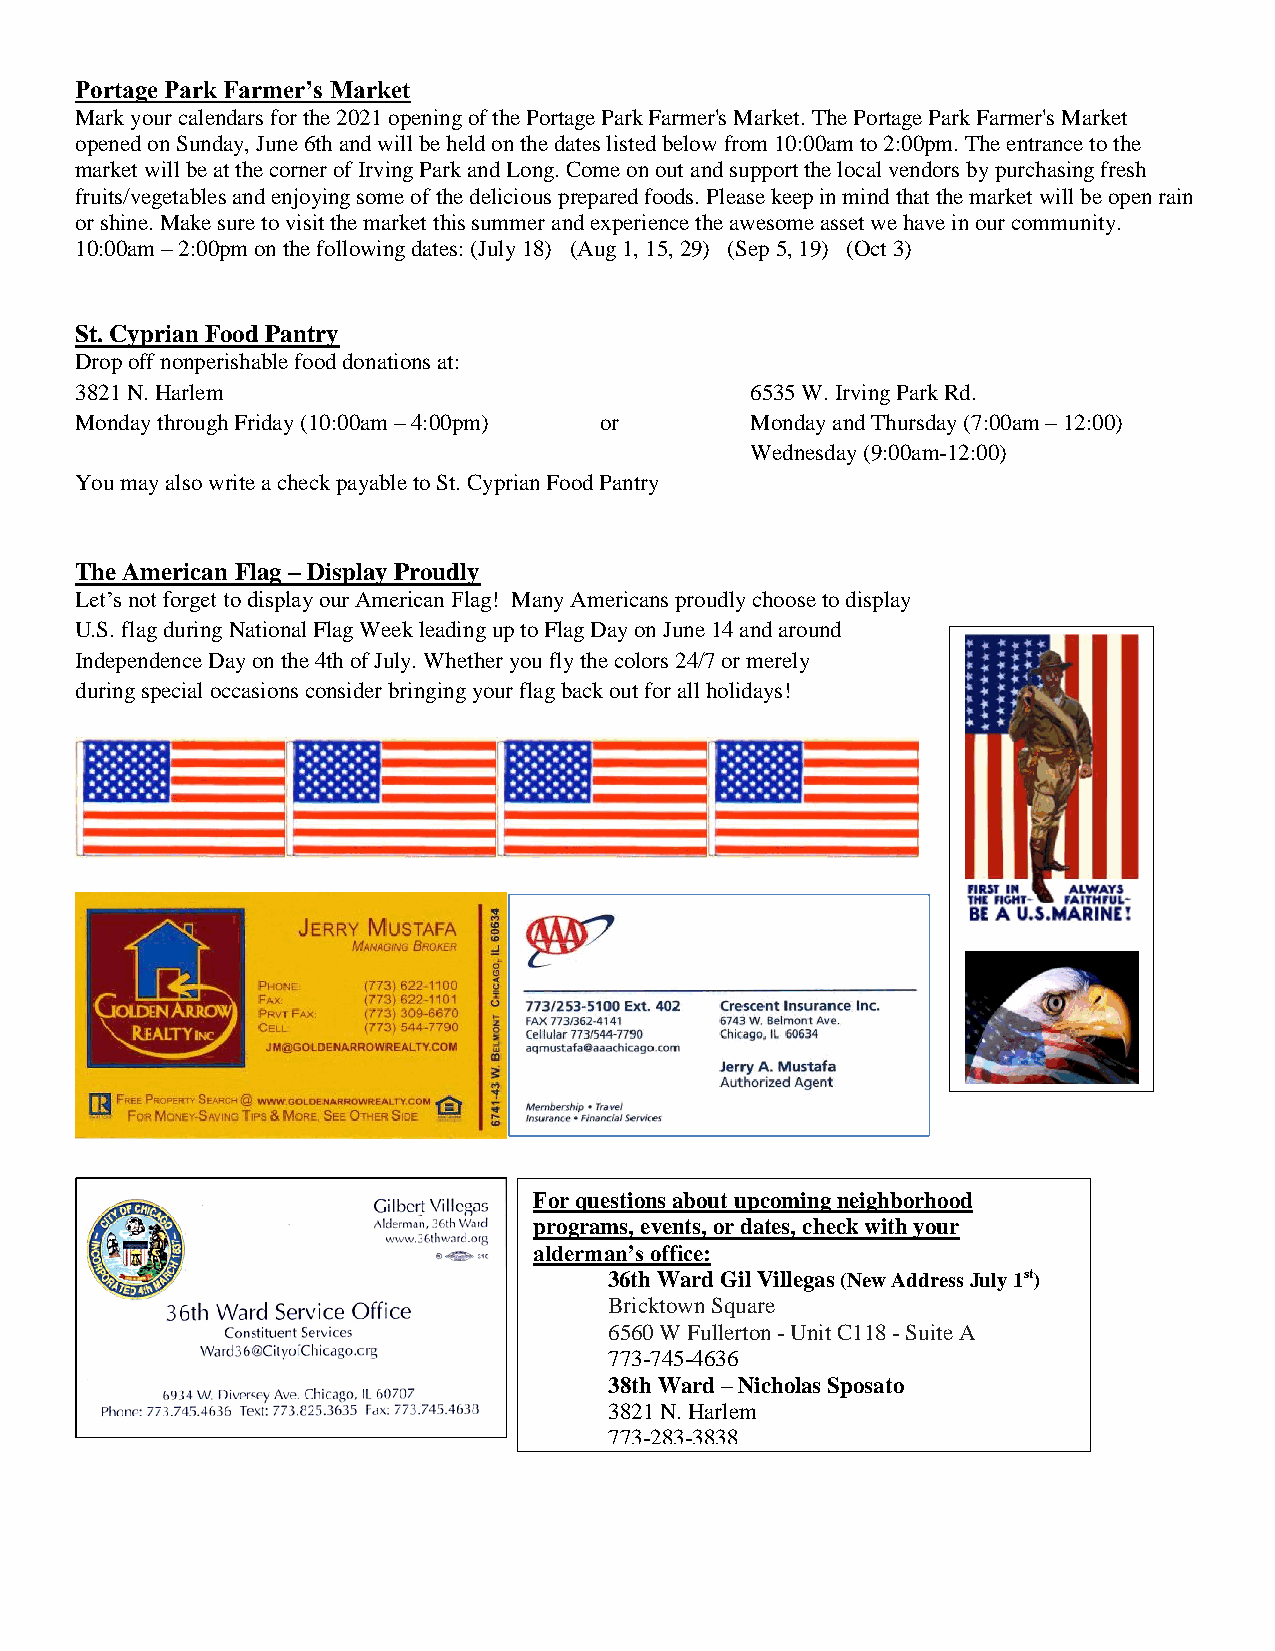
Portage Park Farmer’s Market
 Mark your calendars for the 2021 opening of the Portage Park Farmer's Market. The Portage Park Farmer's Market
 opened on Sunday, June 6th and will be held on the dates listed below from 10:00am to 2:00pm. The entrance to the
 market will be at the corner of Irving Park and Long. Come on out and support the local vendors by purchasing fresh
 fruits/vegetables and enjoying some of the delicious prepared foods. Please keep in mind that the market will be open rain
 or shine. Make sure to visit the market this summer and experience the awesome asset we have in our community.
 10:00am – 2:00pm on the following dates: (July 18) (Aug 1, 15, 29) (Sep 5, 19) (Oct 3)
 St. Cyprian Food Pantry
 Drop off nonperishable food donations at:
 3821 N. Harlem                               6535 W. Irving Park Rd.
 Monday through Friday (10:00am – 4:00pm) or  Monday and Thursday (7:00am – 12:00)
 Wednesday (9:00am-12:00)
 You may also write a check payable to St. Cyprian Food Pantry
 The American Flag – Display Proudly
 Let’s not forget to display our American Flag! Many Americans proudly choose to display
 U.S. flag during National Flag Week leading up to Flag Day on June 14 and around
 Independence Day on the 4th of July. Whether you fly the colors 24/7 or merely
 during special occasions consider bringing your flag back out for all holidays!
 For questions about upcoming neighborhood
 programs, events, or dates, check with your
 alderman’s office:
 .    36th Ward Gil Villegas (New Address July 1st)
 Bricktown Square
 6560 W Fullerton - Unit C118 - Suite A
 773-745-4636
 38th Ward – Nicholas Sposato
 3821 N. Harlem
 773-283-3838